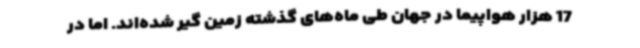
17 هزار هواپیما در جهان طی ماه‌های گذشته زمین گیر شده‌اند. اما در